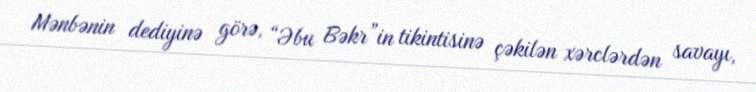
Mənbənin dediyinə görə, “Əbu Bəkr”in tikintisinə çəkilən xərclərdən savayı,